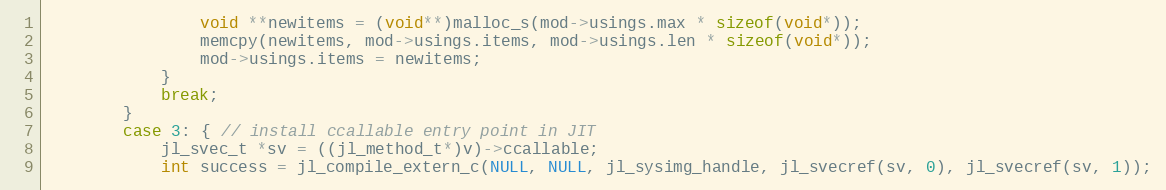
Language: C
                void **newitems = (void**)malloc_s(mod->usings.max * sizeof(void*));
                memcpy(newitems, mod->usings.items, mod->usings.len * sizeof(void*));
                mod->usings.items = newitems;
            }
            break;
        }
        case 3: { // install ccallable entry point in JIT
            jl_svec_t *sv = ((jl_method_t*)v)->ccallable;
            int success = jl_compile_extern_c(NULL, NULL, jl_sysimg_handle, jl_svecref(sv, 0), jl_svecref(sv, 1));